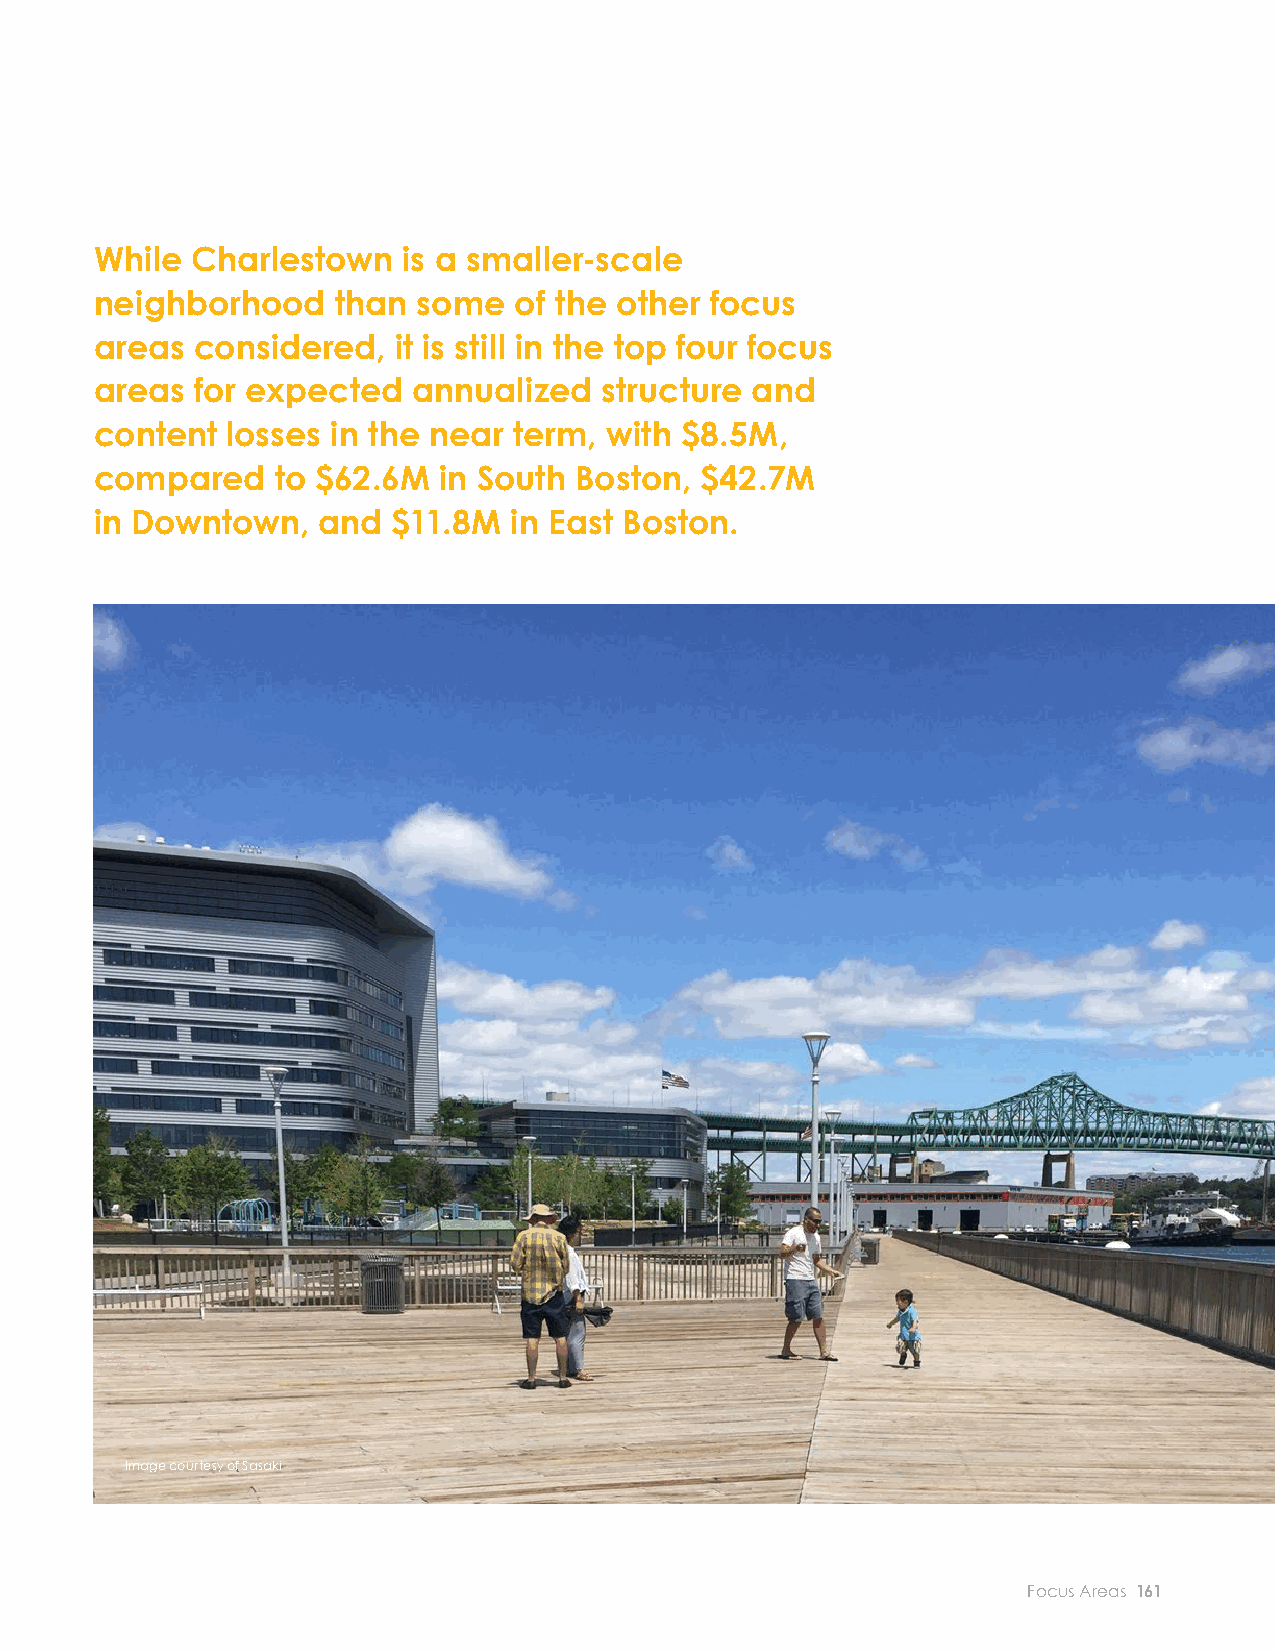
EXPOSURE AND CONSEQUENCES
 BUILDINGS AND ECONOMY
 RISK TO BUILDINGS CHARLESTOWN BUILDING EXPOSURE While Charlestown is a smaller-scale
 neighborhood    than  some  of the other focus
 The majority of exposed buildings
 in Charlestown are residential and areas considered, it is still in the top four focus
 mixed-use structures. areas for expected annualized structure and
 Charlestown is mostly residential in character;
 content  losses in the near term, with $8.5M,
 residential-only properties make up nearly 60
 compared    to $62.6M  in South Boston, $42.7M
 percent of the neighborhood’s total number of
 in Downtown,   and  $11.8M  in East Boston.
 structures and 60 percent of the current real estate
 market value.5 Charlestown’s housing stock is
 made up of primarily low-rise row houses and
 wood-framed two- or three-family buildings.
 Though much of Charlestown’s housing is elevated,
 structures typically have basements or below-grade
 fi nished space and are often vulnerable through
 windows at grade.
 Charlestown faces risk from both coastal storms
 and rising sea levels. In the near term, the
 community can expect 20 structures exposed
 during monthly high tides and 140 structures
 CHARLESTOWN MARKET VALUE EXPOSURE
 exposed to fl ooding during a low-probability fl ood
 event (1 percent annual chance). As soon as the
 2070s, over 50 percent of the land area is expected
 to be exposed to fl ooding from a low-probability
 fl ood event (1 percent annual chance event), with
 close to 700 structures potentially exposed. More
 than half of the exposed structures are residential
 or mixed-use in nature. In addition, as soon as the
 2070s, over 130 existing structures are expected to
 be exposed to monthly high tides.
 5These statistics do not include residential space in mixed-use buildings.
 Image courtesy of Sasaki
 160 City of Boston: Climate Ready Boston                            Focus Areas 161